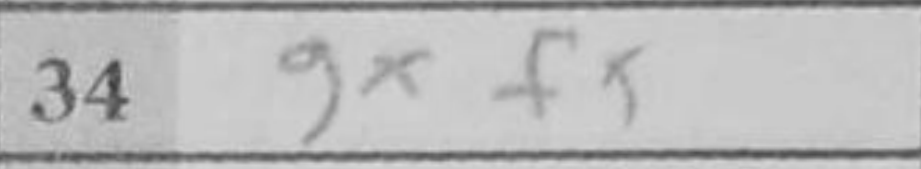
Transcription: gxf5